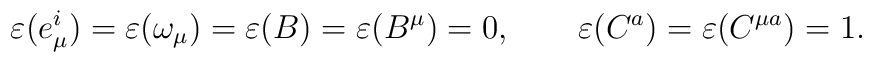
\varepsilon(e^i_\mu)=\varepsilon(\omega_\mu)=\varepsilon(B)= \varepsilon(B^\mu)=0,\qquad \varepsilon(C^a)=\varepsilon(C^{\mu a})=1.